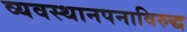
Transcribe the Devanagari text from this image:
व्यवस्थानपनाविरुद्ध